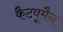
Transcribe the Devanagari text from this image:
कैटवूमैन